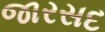
જારસદ